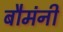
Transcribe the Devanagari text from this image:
बौमंनी